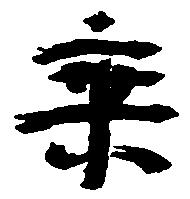
乗